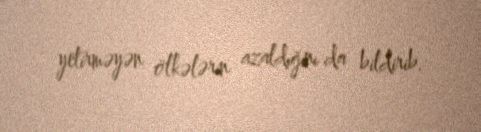
yetirməyən ölkələrin azaldığını da bildirib.